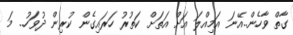
ގާތް ވާހެން..އޭނަ އަމިއްލަ އަށް އަތަށް ކަތުރު ހަރައިގެން ކުރިން ދުވަހު.. މަ